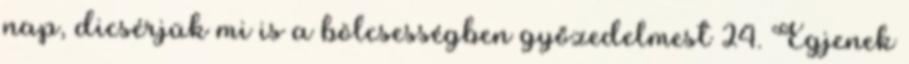
nap, dicsérjük mi is a bölcsességben győzedelmest 24. Égjenek